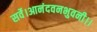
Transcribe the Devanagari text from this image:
सर्वे।आनंदवनभुवनी।।